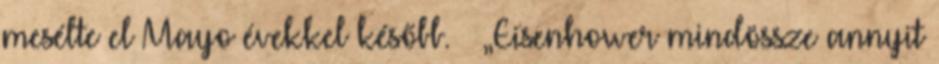
mesélte el Mayo évekkel később. – „Eisenhower mindössze annyit